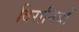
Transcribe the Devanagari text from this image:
बिरानियाँ